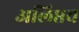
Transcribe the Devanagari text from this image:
अलिप्तच